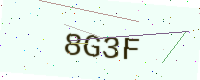
Text: 8G3F